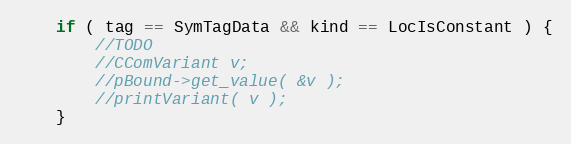
Language: C++
	if ( tag == SymTagData && kind == LocIsConstant ) {
		//TODO
		//CComVariant v;
		//pBound->get_value( &v );
		//printVariant( v );
	}